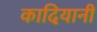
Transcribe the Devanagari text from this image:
कादियानी